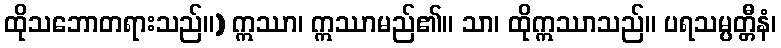
ထိုသဘောတရားသည်။) ဣဿာ၊ ဣဿာမည်၏။ သာ၊ ထိုဣဿာသည်။ ပရသမ္ပတ္တီနံ၊